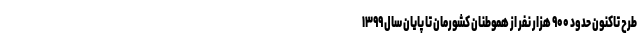
طرح تاکنون حدود ۹۰۰ هزار نفر از هموطنان کشورمان تا پایان سال ۱۳۹۹